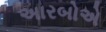
અારબોએ